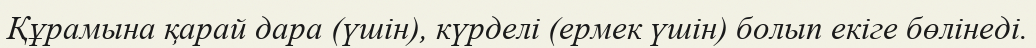
Құрамына қарай дара (үшін), күрделі (ермек үшін) болып екіге бөлінеді.